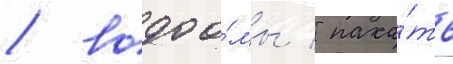
/ водоо́мы / паха́ть